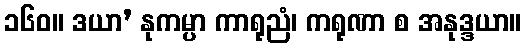
၁၆၀။ ဒယာ’ နုကမ္ပာ ကာရုညံ၊ ကရုဏာ စ အနုဒ္ဒယာ။